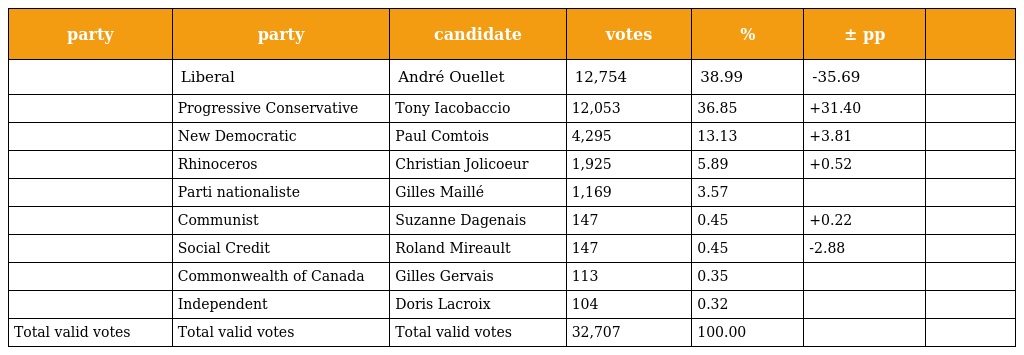
| party | party | candidate | votes | % | ± pp |  |
 | --- | --- | --- | --- | --- | --- | --- |
 |  | Liberal | André Ouellet | 12,754 | 38.99 | -35.69 |  |
 |  | Progressive Conservative | Tony Iacobaccio | 12,053 | 36.85 | +31.40 |  |
 |  | New Democratic | Paul Comtois | 4,295 | 13.13 | +3.81 |  |
 |  | Rhinoceros | Christian Jolicoeur | 1,925 | 5.89 | +0.52 |  |
 |  | Parti nationaliste | Gilles Maillé | 1,169 | 3.57 |  |  |
 |  | Communist | Suzanne Dagenais | 147 | 0.45 | +0.22 |  |
 |  | Social Credit | Roland Mireault | 147 | 0.45 | -2.88 |  |
 |  | Commonwealth of Canada | Gilles Gervais | 113 | 0.35 |  |  |
 |  | Independent | Doris Lacroix | 104 | 0.32 |  |  |
 | Total valid votes | Total valid votes | Total valid votes | 32,707 | 100.00 |  |  |